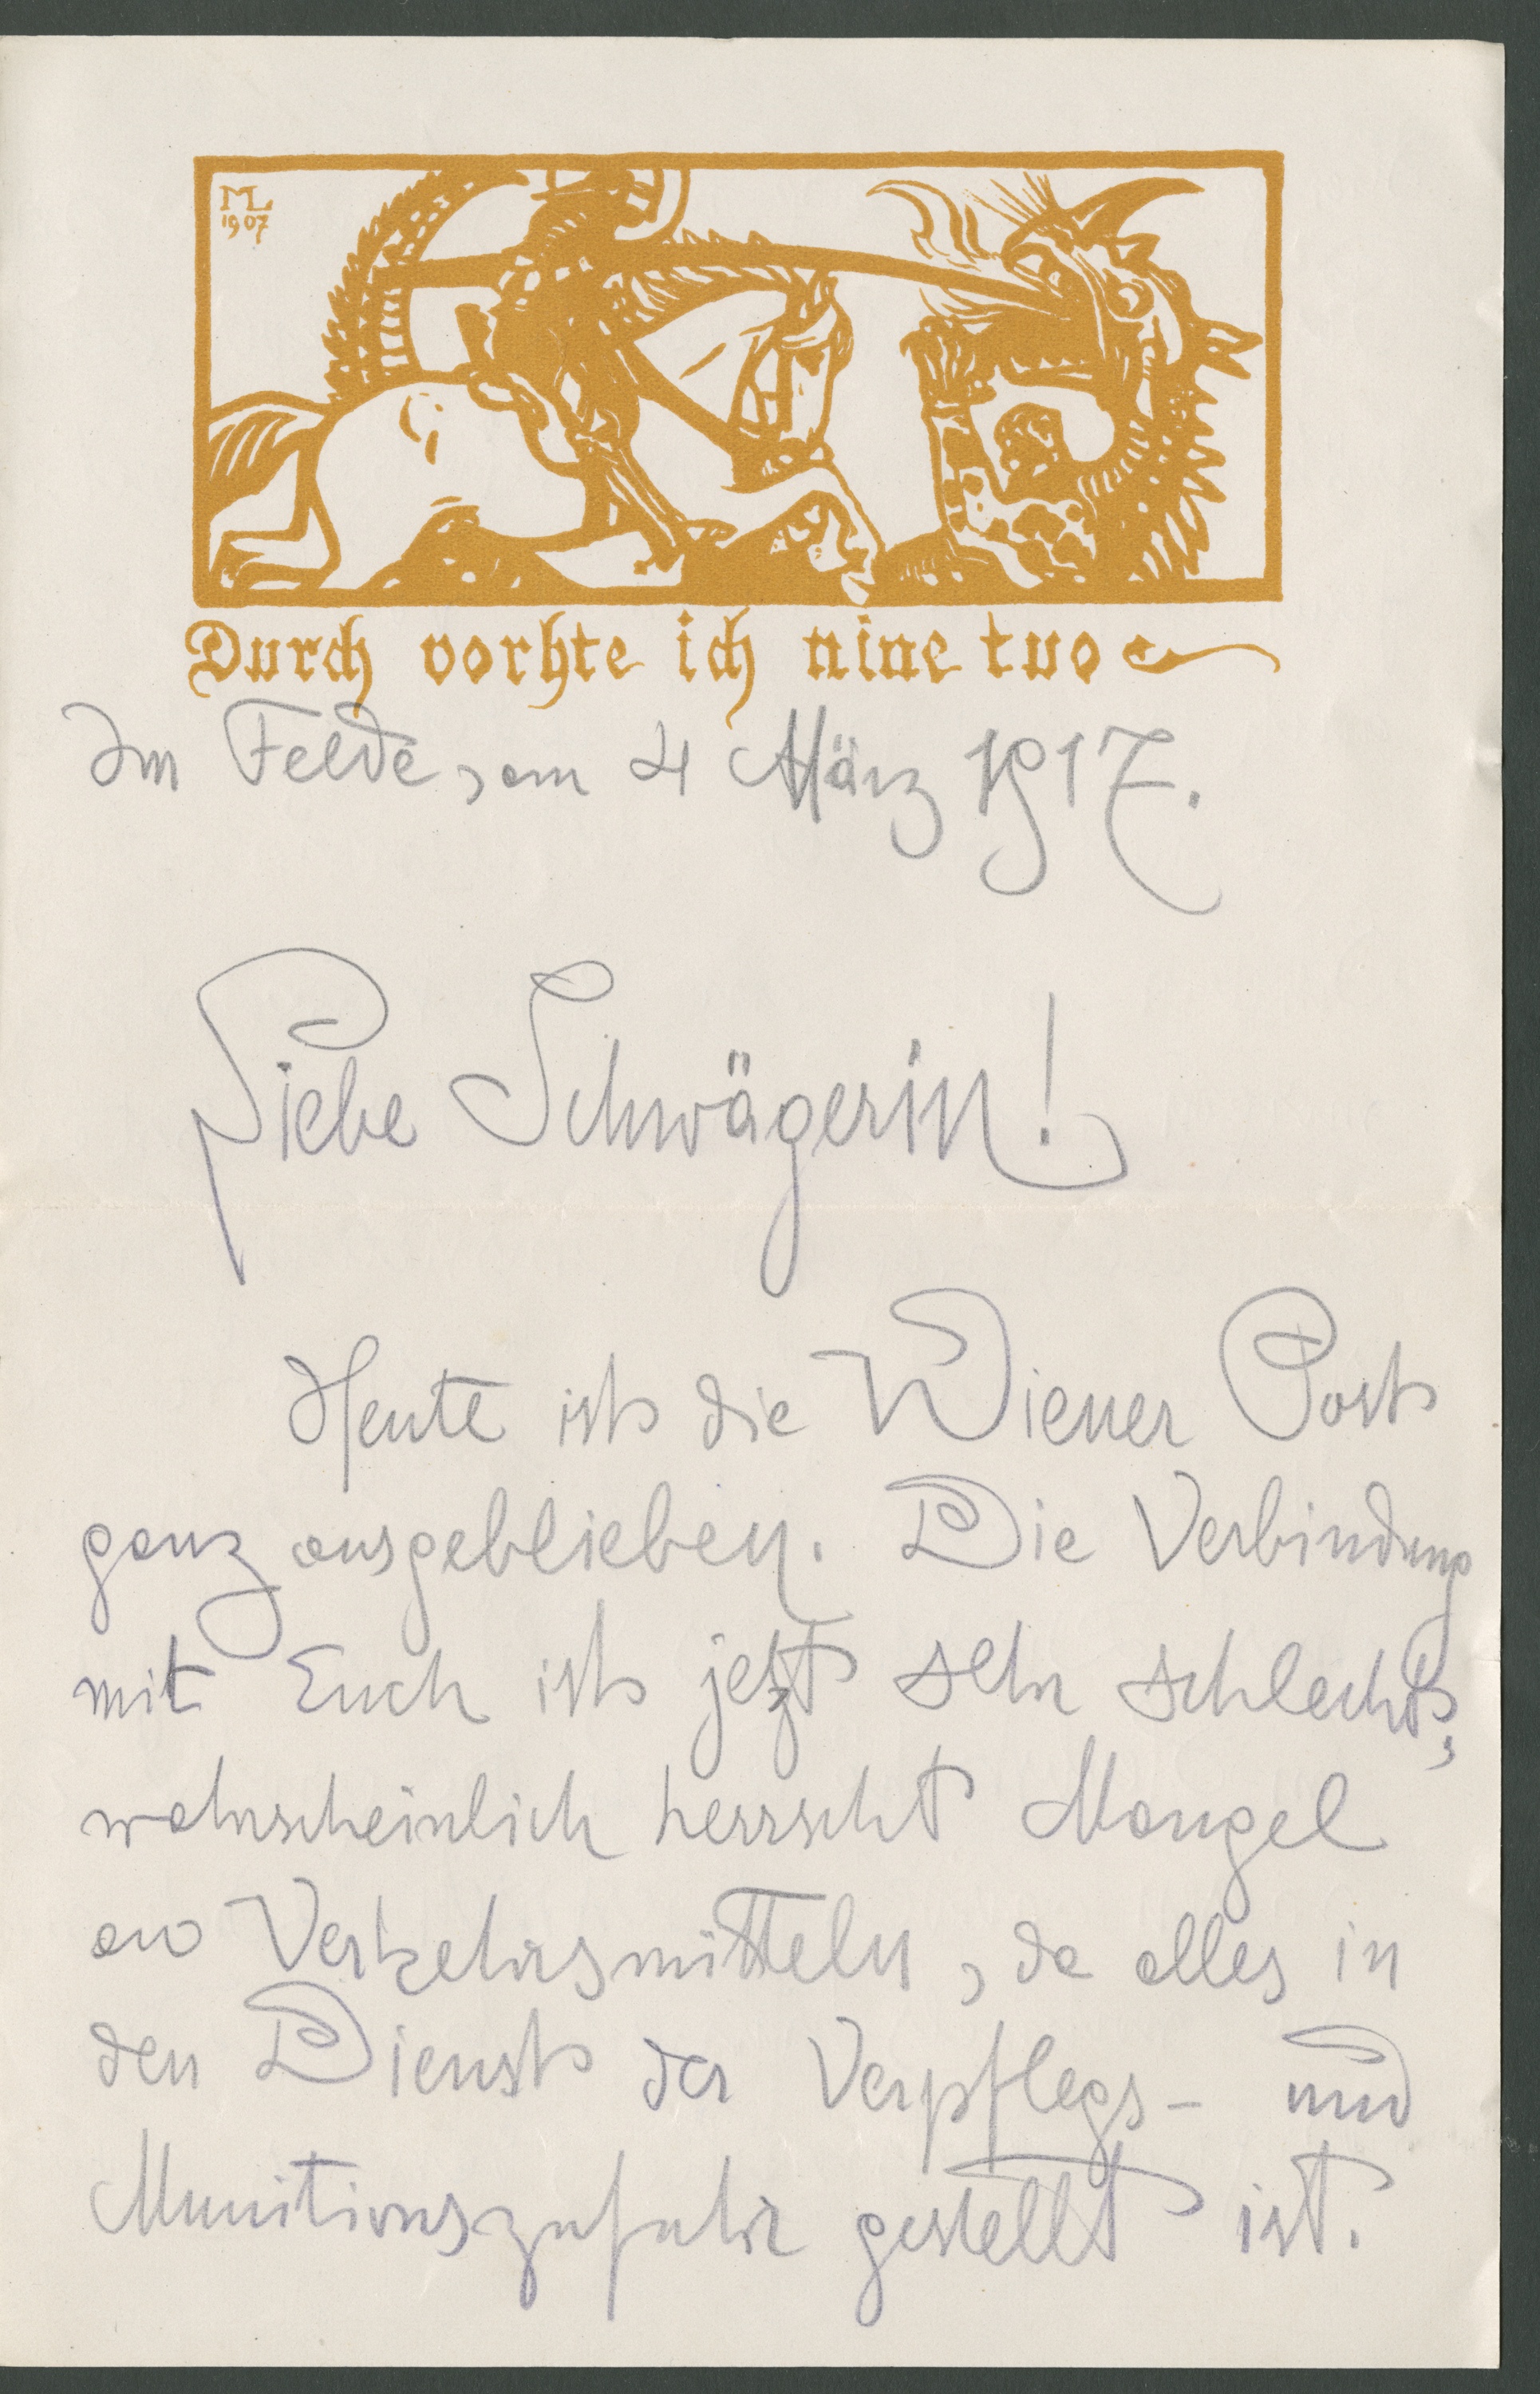
Durch vorhte ich nine tuo
Im Felde, am 4 März 1917
Liebe Schwägerin!
Heute ist die Wiener Post
ganz ausgeblieben. Die Verbindung
mit Euch ist jetzt sehr schlecht,
wahrscheinlich herrscht Mangel
an Verkehrsmitteln, da alles in
den Dienst der Verpflegs- und
Munitionszufuhr gestellt ist.